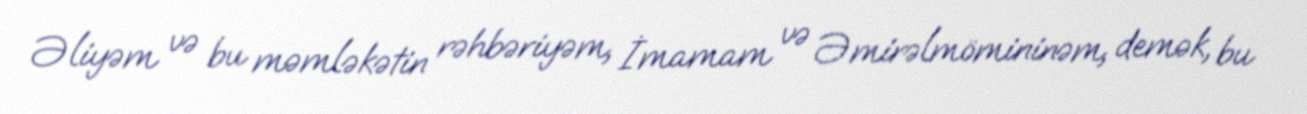
Əliyəm və bu məmləkətin rəhbəriyəm, İmamam və Əmirəlmömininəm, demək, bu